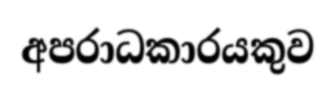
අපරාධකාරයකුව